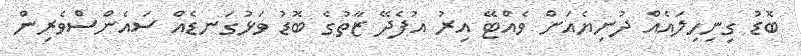
ބޮޑު ގިނިހިލައެއް ދުނިޔެއަށް ވެއްޓޭ އިރު އުފެދޭ ޒާތުގެ ބޮޑު ވަޅުގަނޑެއް ސައެންސްވެރިން